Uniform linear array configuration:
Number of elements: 24
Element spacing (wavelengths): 1
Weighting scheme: hann
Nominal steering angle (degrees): -30
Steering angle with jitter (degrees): -31.936
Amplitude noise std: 0.05
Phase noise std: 0.05

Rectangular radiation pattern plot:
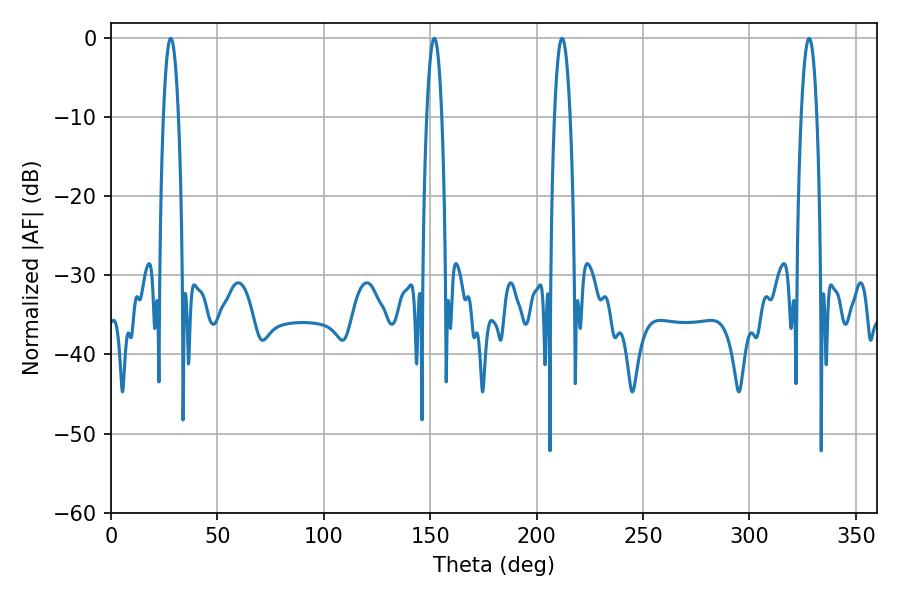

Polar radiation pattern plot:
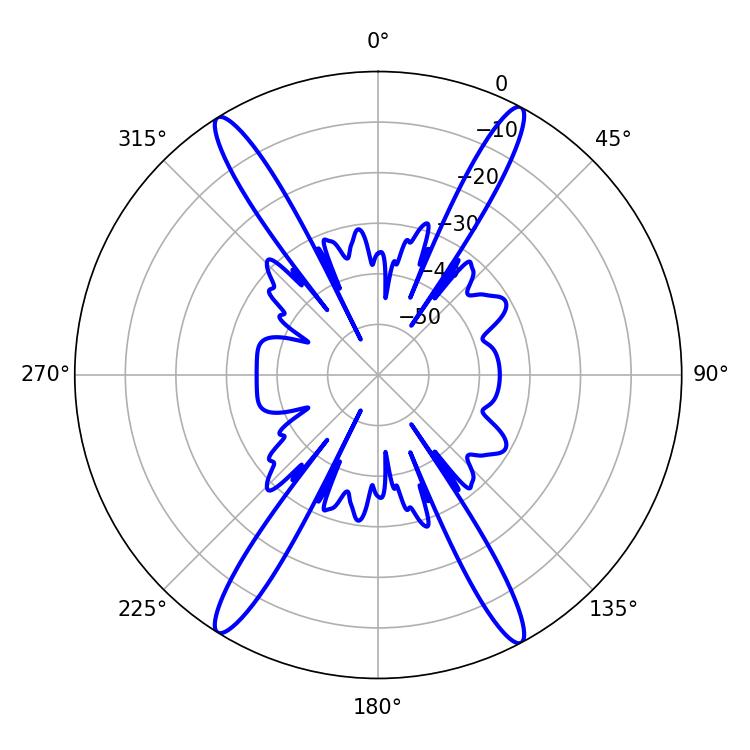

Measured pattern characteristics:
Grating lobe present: TRUE
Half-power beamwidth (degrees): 3.96
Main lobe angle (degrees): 28.08